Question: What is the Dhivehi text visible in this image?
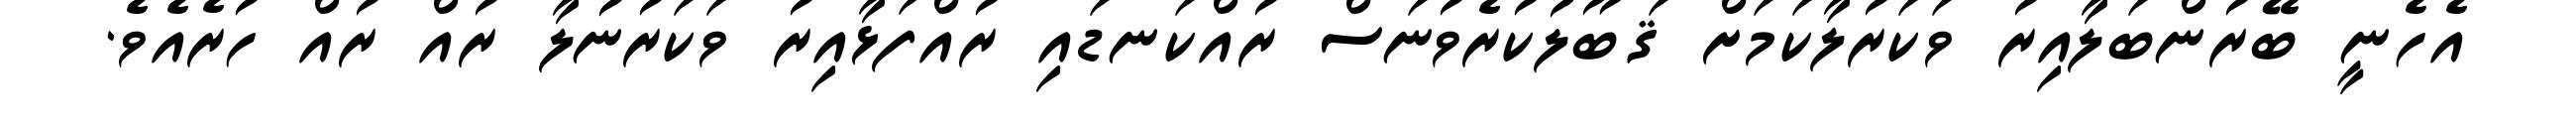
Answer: އެހެނީ ބޭރުންބަލާއިރު ވަކަރުލާކަމަށް ޤަބޫލުކުރެވުނަސް ރުއްކަނޑައި ރުއްފަޅާއިރު ވަކަރުނުލާ ރުއް ރުއް ހުރެއެވެ.